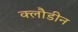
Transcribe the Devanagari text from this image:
क्लौडीन